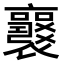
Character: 𧞻